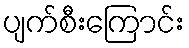
ပျက်စီးကြောင်း